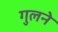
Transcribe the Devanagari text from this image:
गुलने